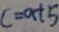
c = a + 5